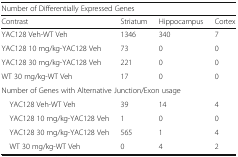
| <COLSPAN=4> Number of Differentially Expressed Genes |
 | Contrast | Striatum | Hippocampus | Cortex |
 | --- | --- | --- | --- |
 | YAC128 Veh-WT Veh | 1346 | 340 | 7 |
 | YAC128 10 mg/kg-YAC128 Veh | 73 | 0 | 0 |
 | YAC128 30 mg/kg-YAC128 Veh | 221 | 0 | 0 |
 | WT 30 mg/kg-WT Veh | 17 | 0 | 0 |
 | <COLSPAN=4> Number of Genes with Alternative Junction/Exon usage |
 | YAC128 Veh-WT Veh | 39 | 14 | 4 |
 | YAC128 10 mg/kg-YAC128 Veh | 1 | 0 | 0 |
 | YAC128 30 mg/kg-YAC128 Veh | 565 | 1 | 4 |
 | WT 30 mg/kg-WT Veh | 0 | 4 | 2 |